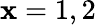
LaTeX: \mathbf{x}=1,2